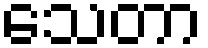
သေတာ